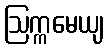
ဩက္ကမေယျ